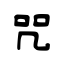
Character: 咒